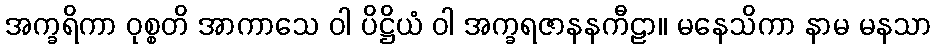
အက္ခရိကာ ဝုစ္စတိ အာကာသေ ဝါ ပိဋ္ဌိယံ ဝါ အက္ခရဇာနနကီဠာ။ မနေသိကာ နာမ မနသာ